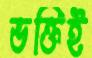
ভক্তিই